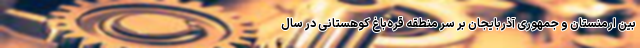
بین ارمنستان و جمهوری آذربایجان بر سر منطقه قره‌باغ کوهستانی در سال